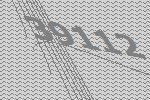
39112